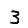
Digit: 3